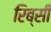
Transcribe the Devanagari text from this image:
रिब्सी